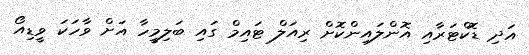
އަދި ޑޮކްޓަރާއި އޮންލައިންކޮށް ރިއަލް ޓައިމް ގައި ބަލިމީހާ އަށް ވާހަކަ ވީޑިއޯ